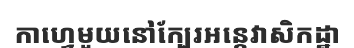
កាហ្វេមួយនៅក្បែរអន្តេវាសិកដ្ឋា